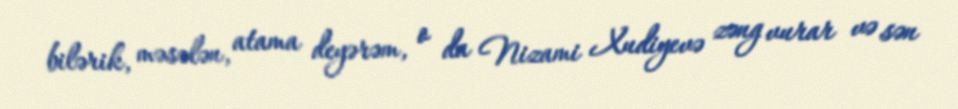
bilərik, məsələn, atama deyərəm, o da Nizami Xudiyevə zəng vurar və sən